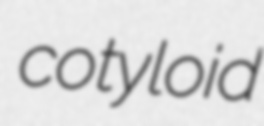
cotyloid